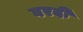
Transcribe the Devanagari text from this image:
घरदी